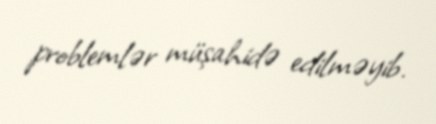
problemlər müşahidə edilməyib.